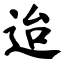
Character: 迨